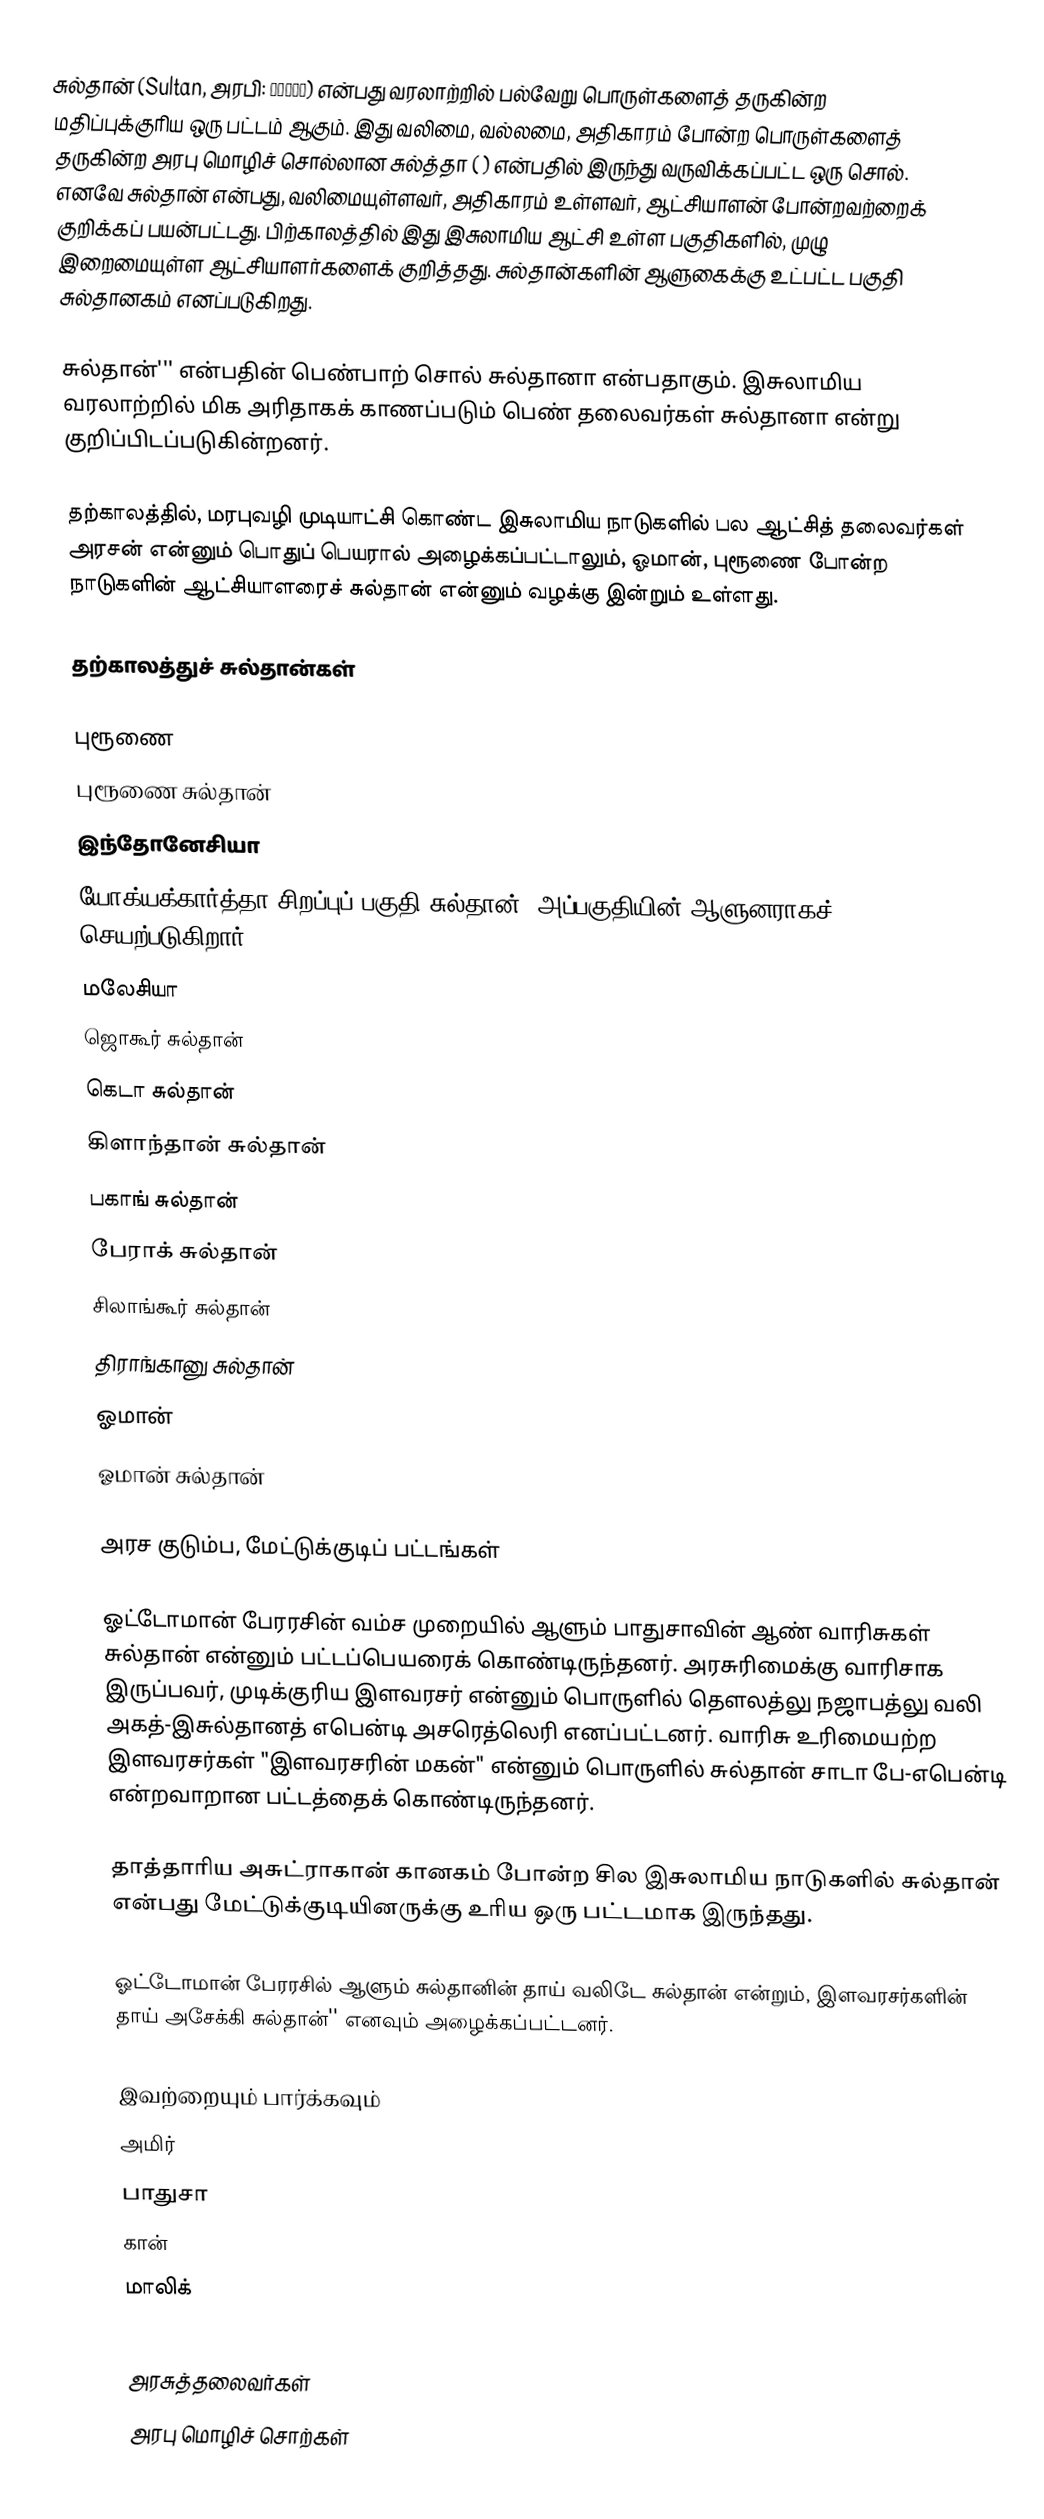
சுல்தான் (Sultan, அரபி: سلطان) என்பது வரலாற்றில் பல்வேறு பொருள்களைத் தருகின்ற மதிப்புக்குரிய ஒரு பட்டம் ஆகும். இது வலிமை, வல்லமை, அதிகாரம் போன்ற பொருள்களைத் தருகின்ற அரபு மொழிச் சொல்லான சுல்த்தா ( ) என்பதில் இருந்து வருவிக்கப்பட்ட ஒரு சொல். எனவே சுல்தான் என்பது, வலிமையுள்ளவர், அதிகாரம் உள்ளவர், ஆட்சியாளன் போன்றவற்றைக் குறிக்கப் பயன்பட்டது. பிற்காலத்தில் இது இசுலாமிய ஆட்சி உள்ள பகுதிகளில், முழு இறைமையுள்ள ஆட்சியாளர்களைக் குறித்தது. சுல்தான்களின் ஆளுகைக்கு உட்பட்ட பகுதி சுல்தானகம் எனப்படுகிறது.

சுல்தான்''' என்பதின் பெண்பாற் சொல் சுல்தானா என்பதாகும். இசுலாமிய வரலாற்றில் மிக அரிதாகக் காணப்படும் பெண் தலைவர்கள் சுல்தானா என்று குறிப்பிடப்படுகின்றனர்.

தற்காலத்தில், மரபுவழி முடியாட்சி கொண்ட இசுலாமிய நாடுகளில் பல ஆட்சித் தலைவர்கள் அரசன் என்னும் பொதுப் பெயரால் அழைக்கப்பட்டாலும், ஓமான், புரூணை போன்ற நாடுகளின் ஆட்சியாளரைச் சுல்தான் என்னும் வழக்கு இன்றும் உள்ளது.

தற்காலத்துச் சுல்தான்கள்

 புரூணை
 புரூணை சுல்தான்
 இந்தோனேசியா
 யோக்யக்கார்த்தா சிறப்புப் பகுதி சுல்தான் (அப்பகுதியின் ஆளுனராகச் செயற்படுகிறார்)
 மலேசியா
 ஜொகூர் சுல்தான்
 கெடா சுல்தான்
 கிளாந்தான் சுல்தான்
 பகாங் சுல்தான்
 பேராக் சுல்தான்
 சிலாங்கூர் சுல்தான்
 திராங்கானு சுல்தான்
 ஓமான்
 ஓமான் சுல்தான்

அரச குடும்ப, மேட்டுக்குடிப் பட்டங்கள்

ஓட்டோமான் பேரரசின் வம்ச முறையில் ஆளும் பாதுசாவின் ஆண் வாரிசுகள் சுல்தான் என்னும் பட்டப்பெயரைக் கொண்டிருந்தனர். அரசுரிமைக்கு வாரிசாக இருப்பவர், முடிக்குரிய இளவரசர் என்னும் பொருளில் தௌலத்லு நஜாபத்லு வலி அகத்-இசுல்தானத் எபென்டி அசரெத்லெரி எனப்பட்டனர். வாரிசு உரிமையற்ற இளவரசர்கள் "இளவரசரின் மகன்" என்னும் பொருளில் சுல்தான் சாடா பே-எபென்டி என்றவாறான பட்டத்தைக் கொண்டிருந்தனர்.

தாத்தாரிய அசுட்ராகான் கானகம் போன்ற சில இசுலாமிய நாடுகளில் சுல்தான் என்பது மேட்டுக்குடியினருக்கு உரிய ஒரு பட்டமாக இருந்தது.

ஓட்டோமான் பேரரசில் ஆளும் சுல்தானின் தாய் வலிடே சுல்தான் என்றும், இளவரசர்களின் தாய் அசேக்கி சுல்தான்'' எனவும் அழைக்கப்பட்டனர்.

இவற்றையும் பார்க்கவும்
 அமிர்
 பாதுசா
 கான்
 மாலிக்

அரசுத்தலைவர்கள்
அரபு மொழிச் சொற்கள்